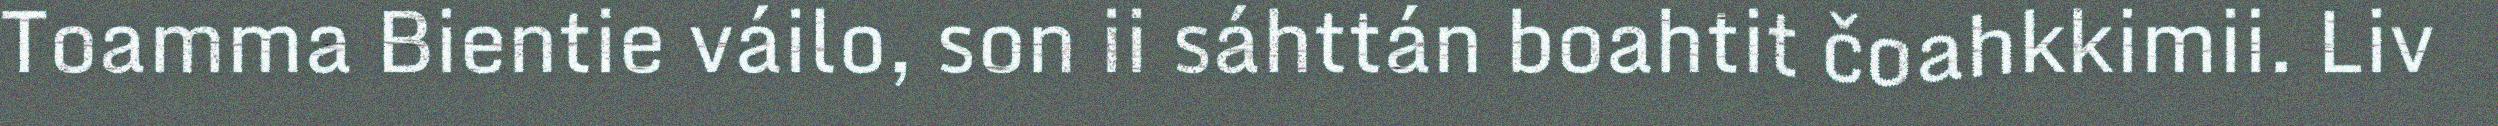
Toamma Bientie váilo, son ii sáhttán boahtit čoahkkimii. Liv